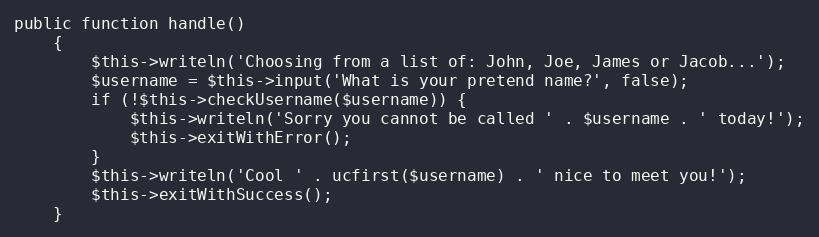
Language: PHP
public function handle()
    {
        $this->writeln('Choosing from a list of: John, Joe, James or Jacob...');
        $username = $this->input('What is your pretend name?', false);
        if (!$this->checkUsername($username)) {
            $this->writeln('Sorry you cannot be called ' . $username . ' today!');
            $this->exitWithError();
        }
        $this->writeln('Cool ' . ucfirst($username) . ' nice to meet you!');
        $this->exitWithSuccess();
    }